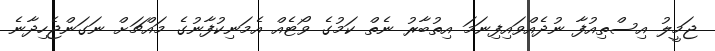
ޖަމީލު އިސްތިއުފާ ނުދެއްވައިފިނަމަ އިތުބާރު ނެތް ކަމުގެ ވޯޓެއް އެމަނިކުފާނުގެ މައްޗަށް ނަގަންޖެހިދާނެ